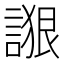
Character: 𰵁